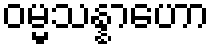
ဝမ္မသန္နာဟော